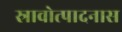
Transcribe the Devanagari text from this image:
स्रावोत्पादनास